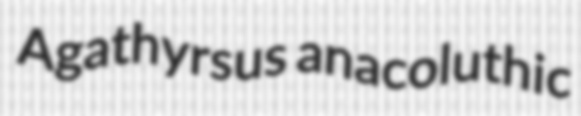
Agathyrsus anacoluthic